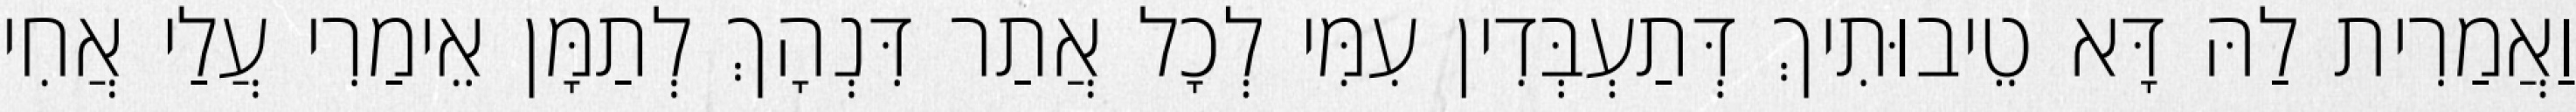
וַאֲמַרִית לַהּ דָּא טֵיבוּתִיךְ דְּתַעְבְּדִין עִמִּי לְכָל אֲתַר דִּנְהָךְ לְתַמָּן אֵימַרִי עֲלַי אֲחִי